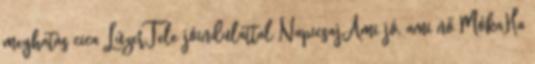
meghatás cica LúzerTele jóindulattal NapicsajAmi jó, ami nő MókaHa